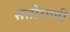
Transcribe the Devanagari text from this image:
सतीराणी